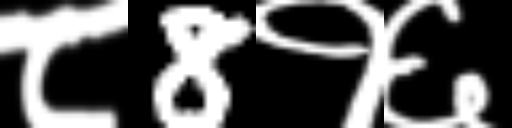
Text: ८8१६